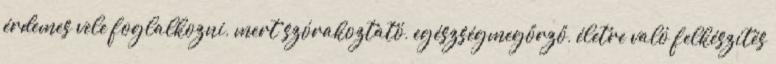
érdemes vele foglalkozni, mert szórakoztató, egészségmegőrző, életre való felkészítés